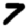
Digit: 7